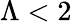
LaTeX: \Lambda<2